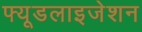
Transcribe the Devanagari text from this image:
फ्यूडलाइजेशन